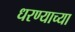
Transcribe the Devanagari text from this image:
धरण्याच्या